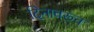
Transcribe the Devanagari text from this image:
दिनावरून